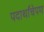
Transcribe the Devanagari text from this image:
पदार्थांचेपण